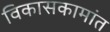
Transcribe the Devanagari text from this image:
विकासकामांत